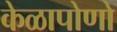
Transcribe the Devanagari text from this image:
केळापोणो